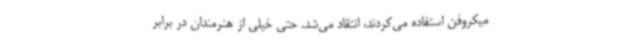
میکروفن استفاده می‌کردند، انتقاد می‌شد. حتی خیلی از هنرمندان در برابر